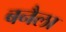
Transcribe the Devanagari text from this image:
बनैला